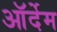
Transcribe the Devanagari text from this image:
ऑर्देम